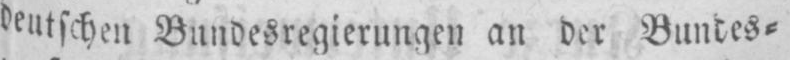
deutschen Bundesregierungen an der Buntes⸗